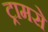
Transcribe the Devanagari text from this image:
ट्रामसे